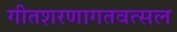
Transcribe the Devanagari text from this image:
गीतशरणागतवत्सल